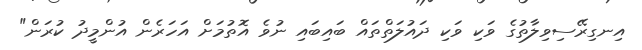
އިނގިރޭސިވިލާތުގެ ވަކި ވަކި ދައުލަތްތައް ބައިބައި ނުވެ އޮތުމަށް އަހަރެން އުންމީދު ކުރަން"